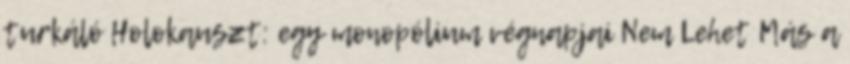
turkáló Holokauszt: egy monopólium végnapjai Nem Lehet Más a